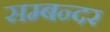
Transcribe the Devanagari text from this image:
सम्बन्दर